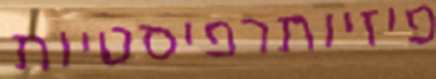
פיזיותרפיסטיות